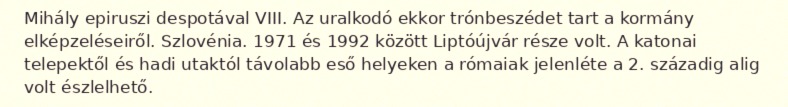
Mihály epiruszi despotával VIII. Az uralkodó ekkor trónbeszédet tart a kormány elképzeléseiről. Szlovénia. 1971 és 1992 között Liptóújvár része volt. A katonai telepektől és hadi utaktól távolabb eső helyeken a rómaiak jelenléte a 2. századig alig volt észlelhető.